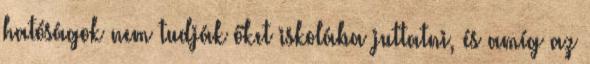
hatóságok nem tudják őket iskolába juttatni, és amíg az